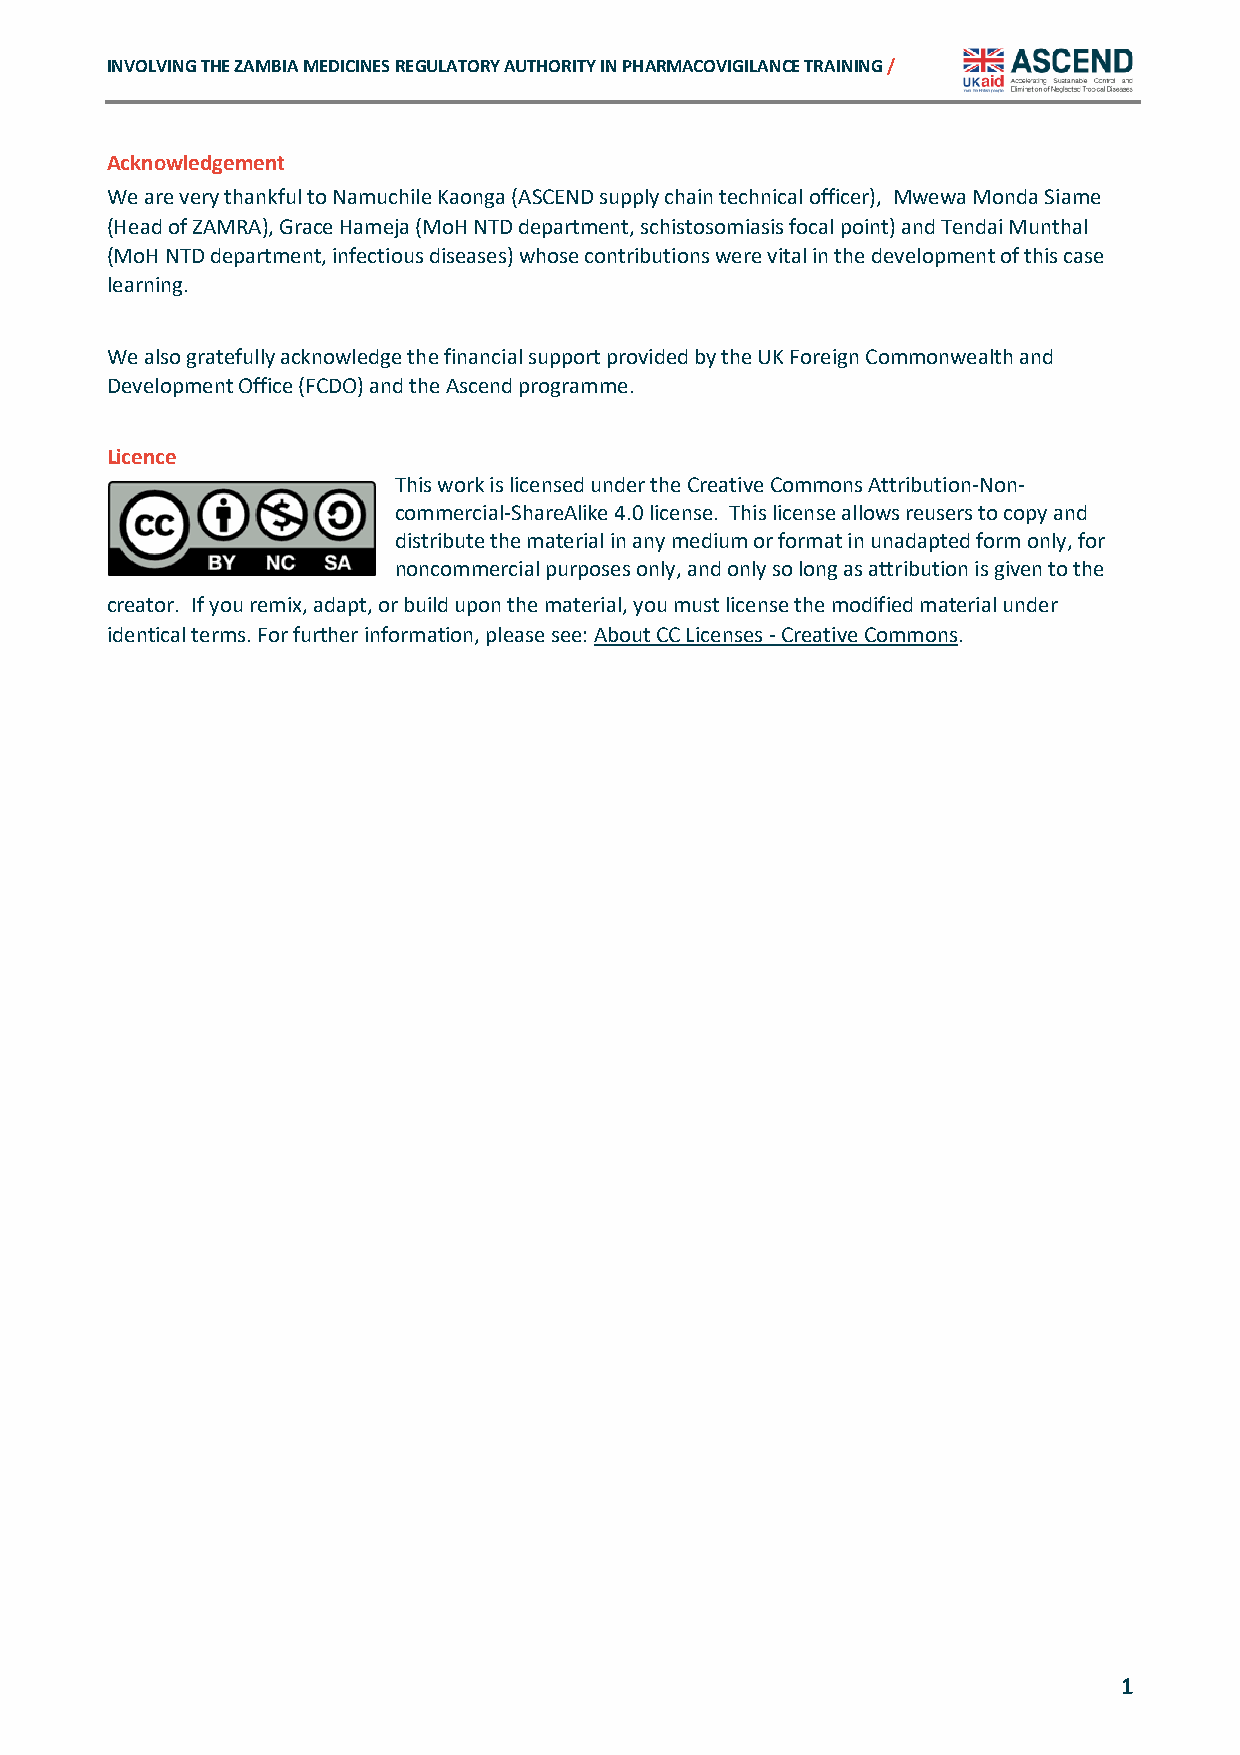
INVOLVING THE ZAMBIA MEDICINES REGULATORY AUTHORITY IN PHARMACOVIGILANCE TRAINING /
 Acknowledgement
 We are very thankful to Namuchile Kaonga (ASCEND supply chain technical officer), Mwewa Monda Siame
 (Head of ZAMRA), Grace Hameja (MoH NTD department, schistosomiasis focal point) and Tendai Munthal
 (MoH NTD department, infectious diseases) whose contributions were vital in the development of this case
 learning.
 We also gratefully acknowledge the financial support provided by the UK Foreign Commonwealth and
 Development Office (FCDO) and the Ascend programme.
 Licence
 This work is licensed under the Creative Commons Attribution-Non-
 commercial-ShareAlike 4.0 license. This license allows reusers to copy and
 distribute the material in any medium or format in unadapted form only, for
 noncommercial purposes only, and only so long as attribution is given to the
 creator. If you remix, adapt, or build upon the material, you must license the modified material under
 identical terms. For further information, please see: About CC Licenses - Creative Commons.
 1